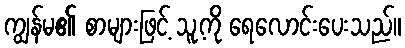
ကျွန်မ၏ စာများဖြင့် သူ့ကို ရေလောင်းပေးသည်။